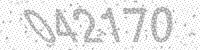
Solution: 042170